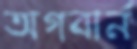
অগবার্ন